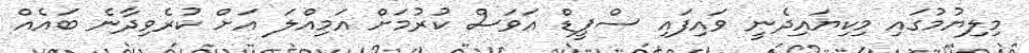
މިލިޔުމުގައި މިކިޔައިދެނީ ވައިފައި ސްޕީޑް އަވަސް ކުރުމަށް އަމިއްލަ އަށް ކުރެވިދާނެ ބައެއް